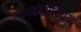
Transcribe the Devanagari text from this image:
लायकोपोडियम